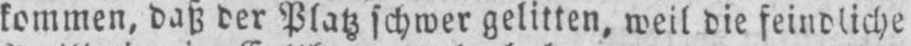
kommen daß der Platz schwer gelitten, weil die feindliche